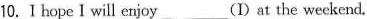
10. I hope I will enjoy (Ⅰ)at the weekend.